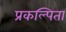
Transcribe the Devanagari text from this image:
प्रकल्पिता